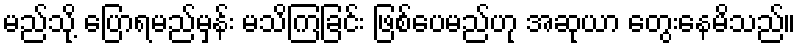
မည်သို့ ပြောရမည်မှန်း မသိကြခြင်း ဖြစ်ပေမည်ဟု အဆုယာ တွေးနေမိသည်။